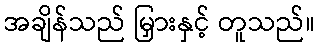
အချိန်သည် မြှားနှင့် တူသည်။